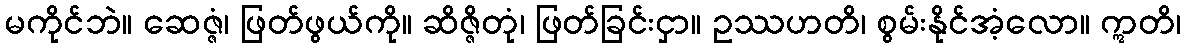
မကိုင်ဘဲ။ ဆေဇ္ဇံ၊ ဖြတ်ဖွယ်ကို။ ဆိဇ္ဇိတုံ၊ ဖြတ်ခြင်းငှာ။ ဥဿဟတိ၊ စွမ်းနိုင်အံ့လော။ ဣတိ၊